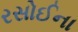
રસોઈના